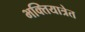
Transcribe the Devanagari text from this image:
भक्तियात्रेत